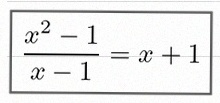
\frac{x^2-1}{x-1}=x+1